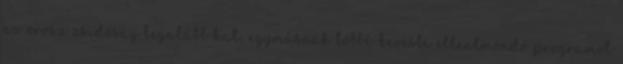
az orosz zsidóság legalább hat, egymásnak többé-kevésbé ellentmondó programot